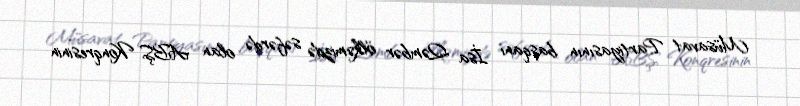
Müsavat Partiyasının başqanı İsa Qəmbər ölkəmizdə səfərdə olan ABŞ Konqresinin